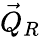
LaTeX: \vec{Q}_{R}